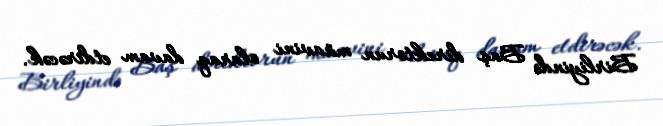
Birliyində Baş direktorun müavini olaraq davam etdirəcək.